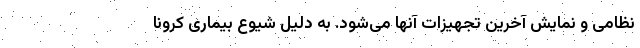
نظامی و نمایش آخرین تجهیزات آنها می‌شود. به دلیل شیوع بیماری کرونا